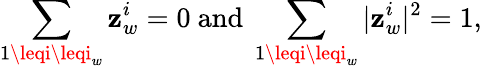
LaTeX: \sum_{1\leqi\leqi_{w}}\mathbf{z}_{w}^{i}=0\mathrm{{~and~}}\sum_{1\leqi\leqi_{w}}|\mathbf{z}_{w}^{i}|^{2}=1,